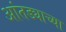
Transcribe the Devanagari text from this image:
आंतड्याच्या